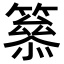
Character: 𥳋